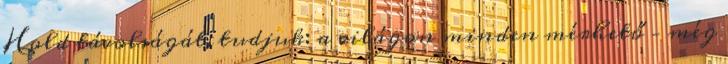
Hold távolságát, tudjuk: a világon minden mérhető – még